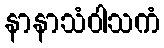
နာနာသံဝါသကံ